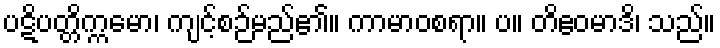
ပဋိပတ္တိက္ကမော၊ ကျင့်စဉ်မည်၏။ ကာမာဝစရာ။ ပ။ တိဧဝမာဒိ၊ သည်။